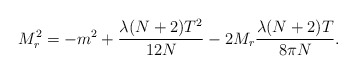
\begin{align*}M_r^2 = - m^2 + \frac{\lambda (N + 2) T^2}{12 N} - 2 M_r \frac{\lambda (N + 2) T}{8 \pi N}.\end{align*}